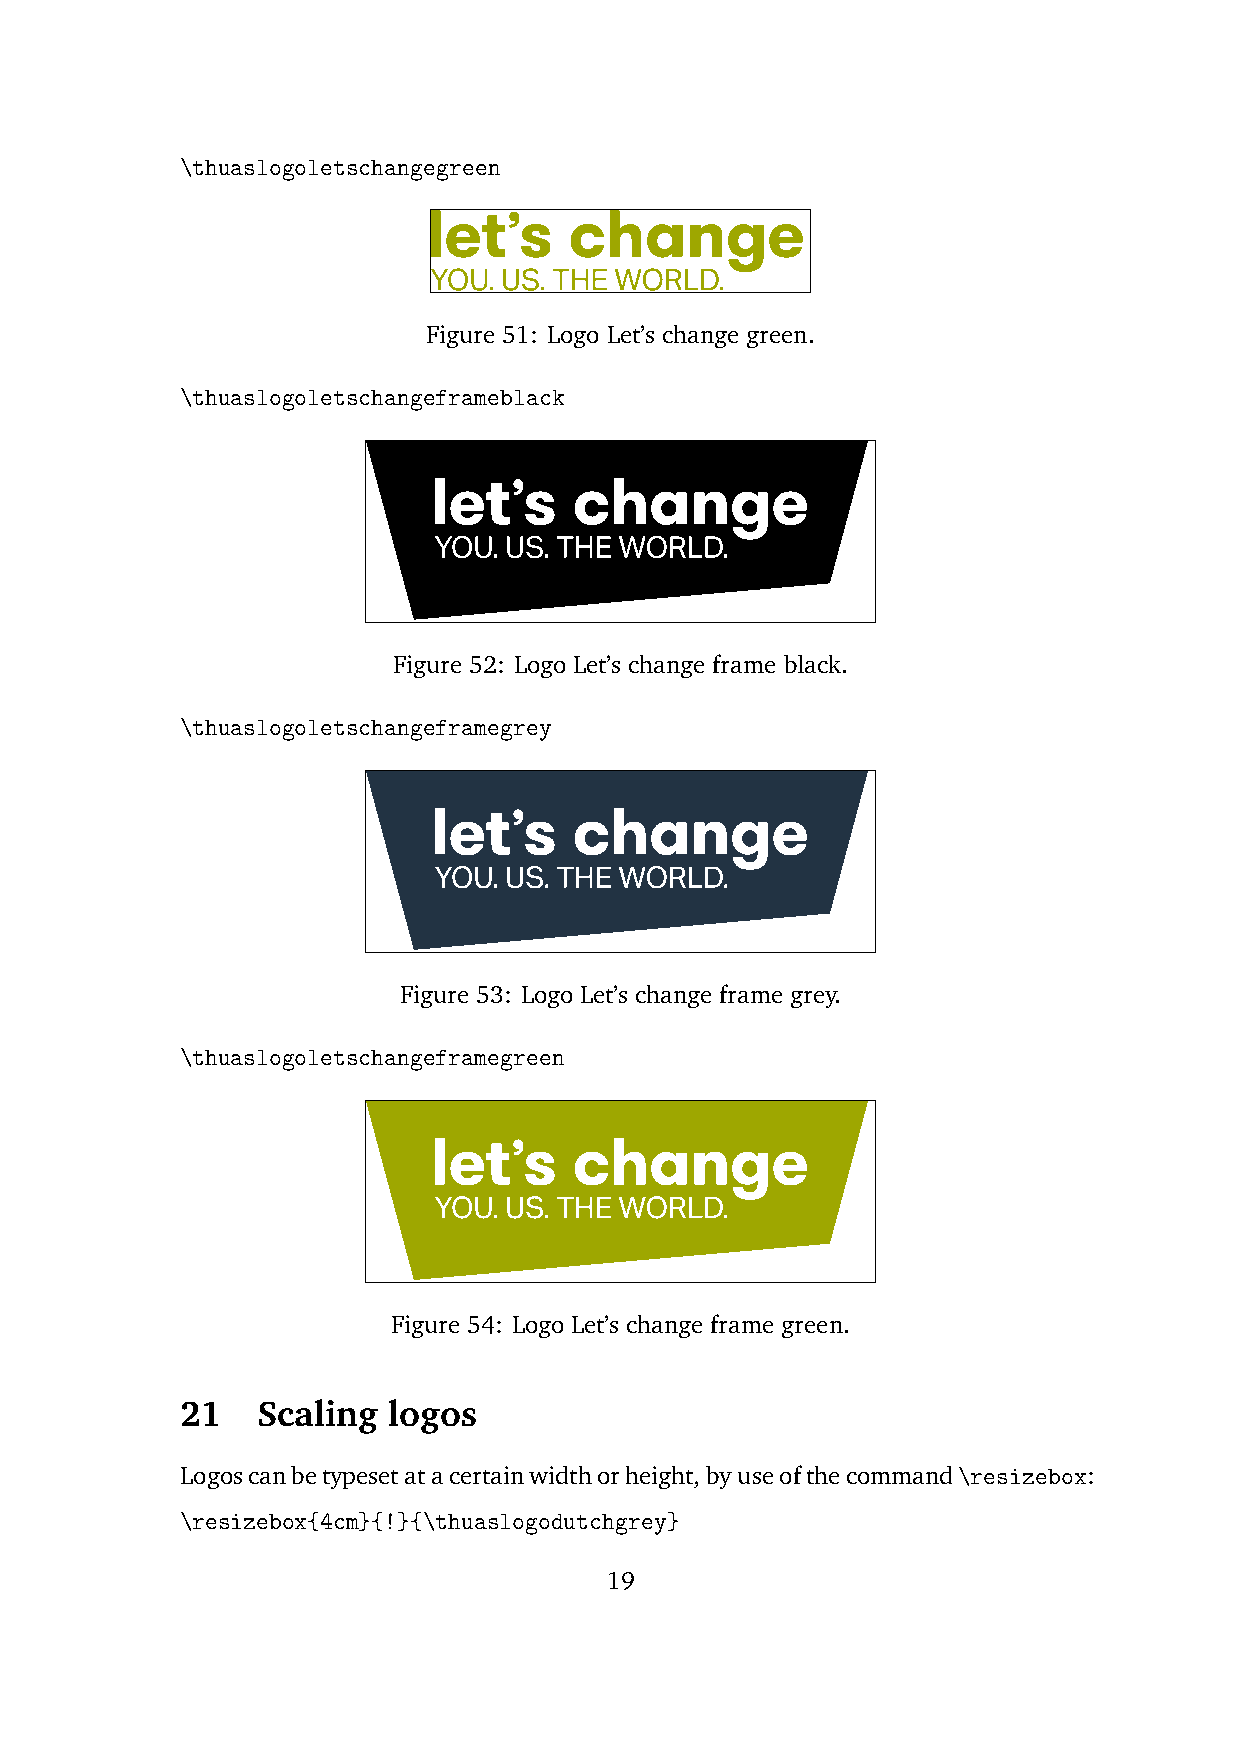
\thuaslogoletschangegreen
 Figure 51: Logo Let’s change green.
 \thuaslogoletschangeframeblack
 Figure 52: Logo Let’s change frame black.
 \thuaslogoletschangeframegrey
 Figure 53: Logo Let’s change frame grey.
 \thuaslogoletschangeframegreen
 Figure 54: Logo Let’s change frame green.
 21   Scaling  logos
 Logoscanbetypesetatacertainwidthorheight,byuseofthecommand\resizebox:
 \resizebox{4cm}{!}{\thuaslogodutchgrey}
 19